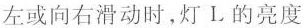
左或向右滑动时，灯L的亮度